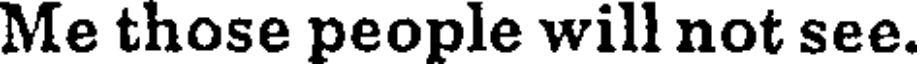
Me those people will not see.